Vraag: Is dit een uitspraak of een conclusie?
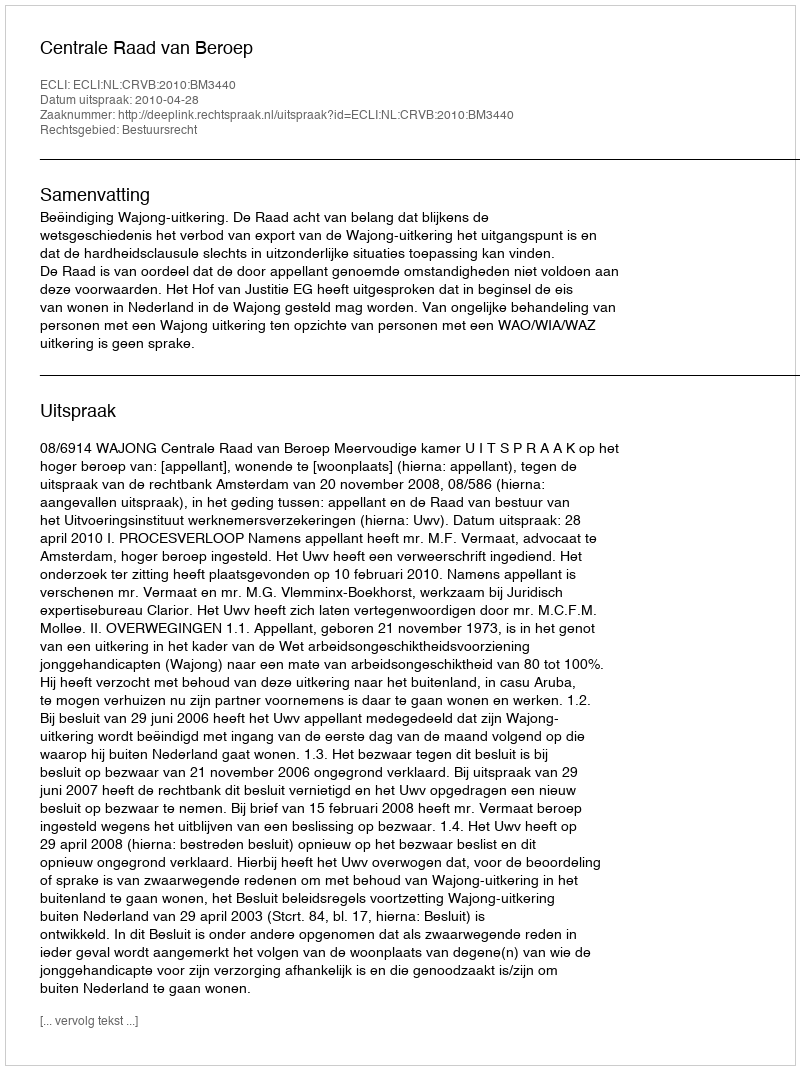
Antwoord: Uitspraak